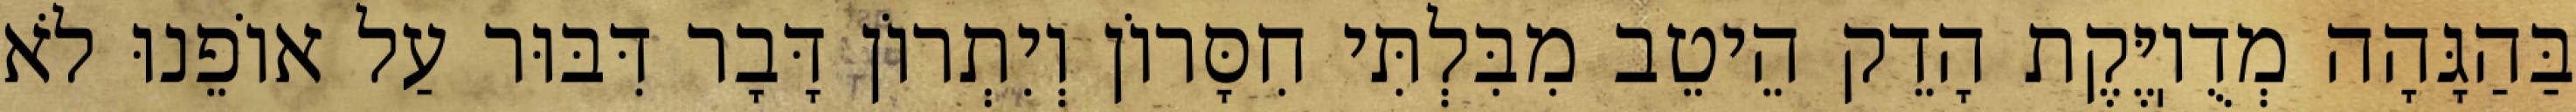
בַּהַגָּהָה מְדֻוֽיֶּקֶת הָדֵק הֵיטֵב מִבִּלְתִּי חִסָּרוֹן וְיִתְרוֹן דָּבָר דִּבּוּר עַל אוֹפֵנוּ לֹא